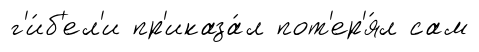
г'и́б'ел'и пр'иказа́л пот'ер'я́л сам